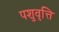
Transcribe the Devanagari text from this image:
पशुवृत्ति